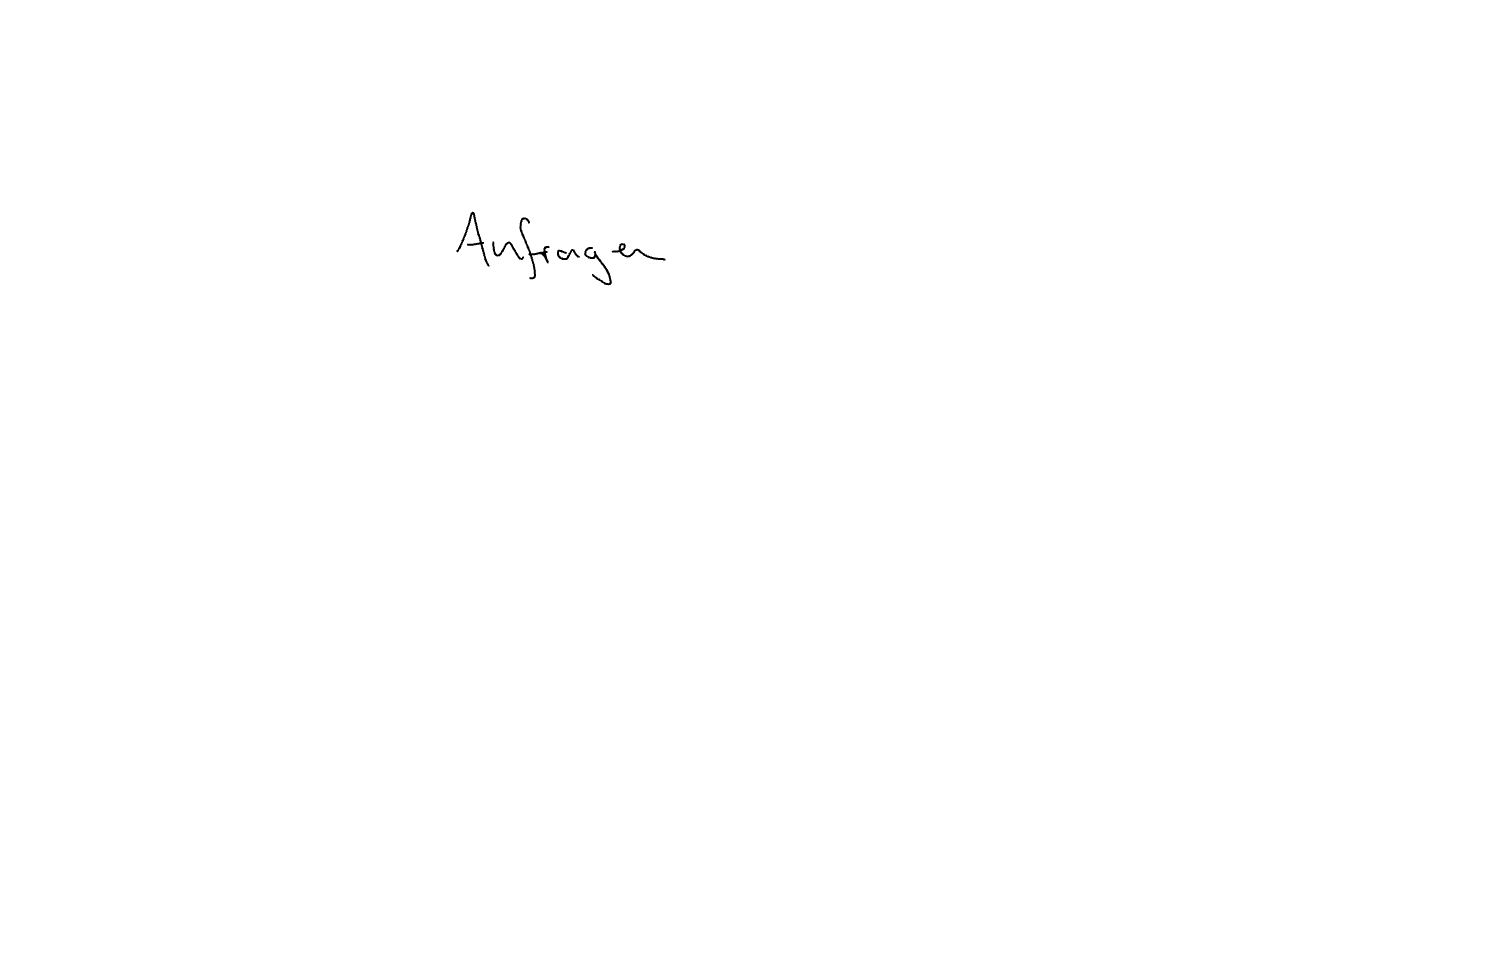
Text: Anfragen